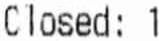
CLOSED: 1